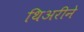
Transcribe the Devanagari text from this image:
थिअरीने